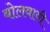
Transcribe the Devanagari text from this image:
बोलवावी